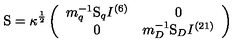
\mathrm { \boldmath S } = \kappa ^ { \frac { 1 } { 2 } } \left( \begin{array} { c c } { m _ { q } ^ { - 1 } { \mathrm { \boldmath S } } _ { q } I ^ { ( 6 ) } } & { 0 } \\ { 0 } & { m _ { D } ^ { - 1 } { \mathrm { \boldmath S } } _ { D } I ^ { ( 2 1 ) } } \\ \end{array} \right)